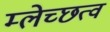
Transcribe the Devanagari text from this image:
म्लेच्छत्व